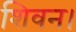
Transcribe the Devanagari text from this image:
शिवन।